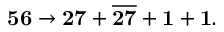
{ \bf 5 6 } \rightarrow { \bf 2 7 } + \overline { { { \bf 2 7 } } } + { \bf 1 } + { \bf 1 } .